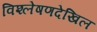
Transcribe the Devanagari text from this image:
विश्लेषणदेखिल